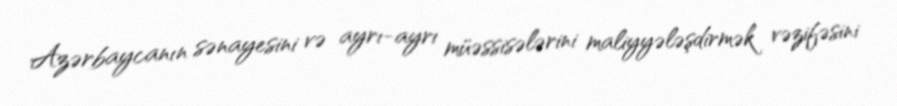
Azərbaycanın sənayesini və ayrı-ayrı müəssisələrini maliyyələşdirmək vəzifəsini